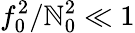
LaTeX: f_{0}^{2}/\mathbb{N}_{0}^{2}\ll1